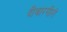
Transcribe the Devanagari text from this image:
दीवारगीरों